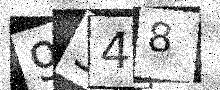
Text: 9348